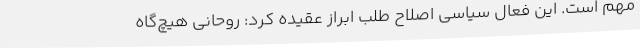
مهم است. این فعال سیاسی اصلاح طلب ابراز عقیده کرد: روحانی هیچ‌گاه